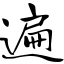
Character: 遍